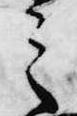
之